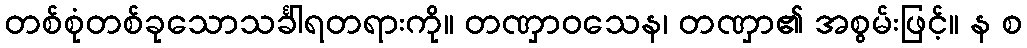
တစ်စုံတစ်ခုသောသင်္ခါရတရားကို။ တဏှာဝသေန၊ တဏှာ၏ အစွမ်းဖြင့်။ န စ